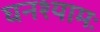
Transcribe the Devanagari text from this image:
घनश्यामः